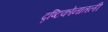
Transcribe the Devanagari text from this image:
दृष्टिकोनातली